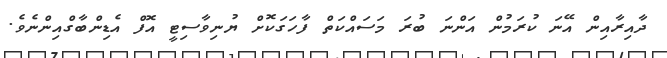
ދާއިރާއިން އޭނަ ކުރަމުން އަންނަ ބުރަ މަސައްކަތް ފާހަގަކޮށް ޔުނިވާސިޓީ އޮފް އެޑިންބާގްއިންނެވެ.